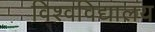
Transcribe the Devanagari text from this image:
विश्‍वविद्यालय